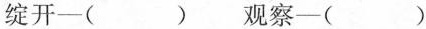
绽开-( ) 观察-( )